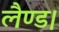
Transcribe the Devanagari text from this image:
लैण्ड।